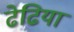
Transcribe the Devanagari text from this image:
ढेढिया